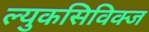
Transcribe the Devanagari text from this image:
ल्युकसिविक्ज